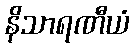
နိသာရဏီယံ